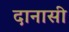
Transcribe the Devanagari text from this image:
दानासी